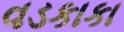
વડકાકા